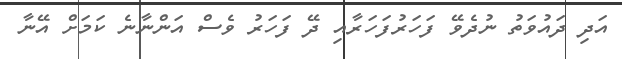
އަދި ދައުވަތު ނުދެވޭ ފަހަރުފަހަރާއި ދޭ ފަހަރު ވެސް އަންނާނެ ކަމަށް އޭނާ